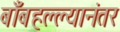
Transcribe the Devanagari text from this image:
बाँबहल्ल्यानंतर